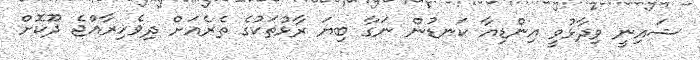
ޝައިނީ ވިދާޅުވީ އިންޑިއާ ކަނޑުން ނަގާ ބިޔަ ރާޅުތަކުގެ ތެރެއަށް ދިވެހިރާއްޖެ ދޫކޮށް